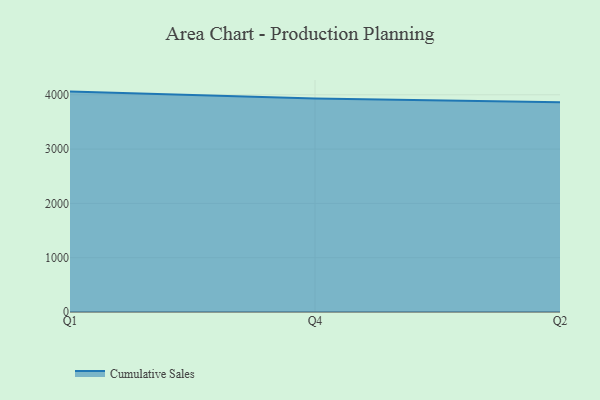
{"axis": {"x": "Quarter", "y": "Energy Usage (MWh)"}, "legend": ["Cumulative Sales"], "data": [{"x": "Q1", "y": 4058.7, "type": "Cumulative Sales"}, {"x": "Q4", "y": 3932.7, "type": "Cumulative Sales"}, {"x": "Q2", "y": 3864.8, "type": "Cumulative Sales"}]}